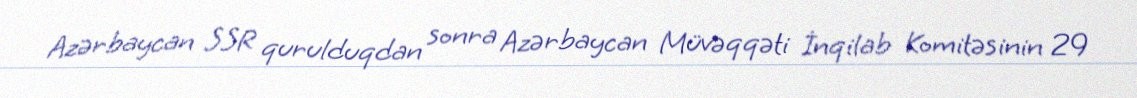
Azərbaycan SSR qurulduqdan sonra Azərbaycan Müvəqqəti İnqilab Komitəsinin 29